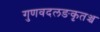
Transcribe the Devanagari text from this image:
गुणवदलङकृतञ्च